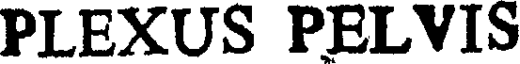
PLEXUS PELVIS